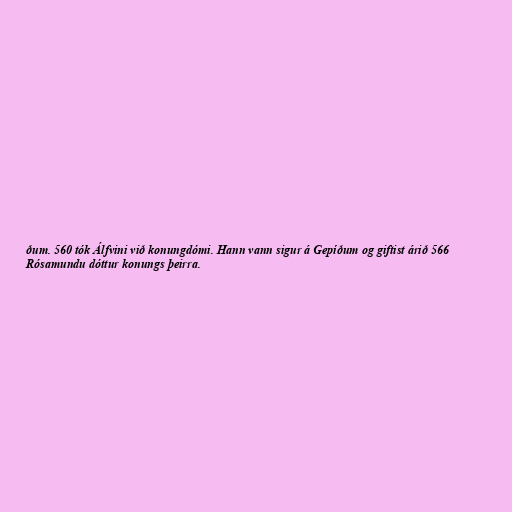
ðum. 560 tók Álfvini við konungdómi. Hann vann sigur á Gepíðum og giftist árið 566
Rósamundu dóttur konungs þeirra.